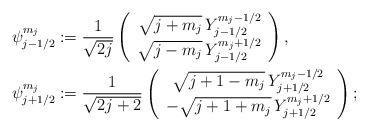
LaTeX: \begin{align*}\psi^{m_j}_{j-1/2}&:=\frac{1}{\sqrt{2j}}\left(\begin{array}{c}\sqrt{j+m_j}\,Y^{m_j-1/2}_{j-1/2}\\\sqrt{j-m_j}\,Y^{m_j+1/2}_{j-1/2}\\\end{array}\right),\\\psi^{m_j}_{j+1/2}&:=\frac{1}{\sqrt{2j+2}}\left(\begin{array}{c}\sqrt{j+1-m_j}\,Y^{m_j-1/2}_{j+1/2}\\-\sqrt{j+1+m_j}\,Y^{m_j+1/2}_{j+1/2}\\\end{array}\right);\end{align*}